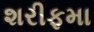
શરીફમા